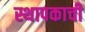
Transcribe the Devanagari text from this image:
स्थापकाची